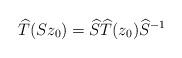
LaTeX: \begin{align*}\widehat{T}(Sz_{0})=\widehat{S}\widehat{T}(z_{0})\widehat{S}^{-1}\end{align*}